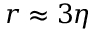
r \approx 3 \eta